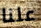
علنا